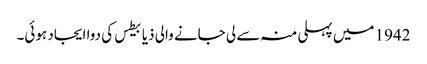
1942 میں‌ پہلی منہ سے لی جانے والی ذیابیطس کی دوا ایجاد ہوئی۔